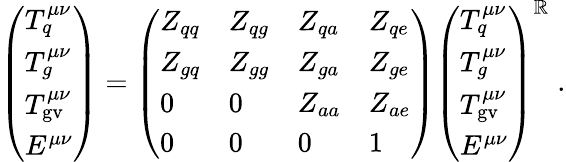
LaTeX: \left(\begin{array}{l}{{T_{q}^{\mu\nu}}}\\ {{T_{g}^{\mu\nu}}}\\ {{T_{\mathrm{gv}}^{\mu\nu}}}\\ {{E^{\mu\nu}}}\end{array}\right)=\left(\begin{array}{llll}{{Z_{qq}}}&{{Z_{qg}}}&{{Z_{qa}}}&{{Z_{qe}}}\\ {{Z_{gq}}}&{{Z_{gg}}}&{{Z_{ga}}}&{{Z_{ge}}}\\ {{0}}&{{0}}&{{Z_{aa}}}&{{Z_{ae}}}\\ {{0}}&{{0}}&{{0}}&{{1}}\end{array}\right)\left(\begin{array}{l}{{T_{q}^{\mu\nu}}}\\ {{T_{g}^{\mu\nu}}}\\ {{T_{\mathrm{gv}}^{\mu\nu}}}\\ {{E^{\mu\nu}}}\end{array}\right)^{\mathbb{R}}\; .